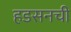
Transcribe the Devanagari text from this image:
हडसनची